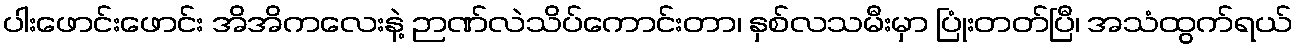
ပါးဖောင်းဖောင်း အိအိကလေးနဲ့ ဉာဏ်လဲသိပ်ကောင်းတာ၊ နှစ်လသမီးမှာ ပြုံးတတ်ပြီ၊ အသံထွက်ရယ်